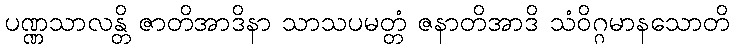
ပဏ္ဏသာလန္တိ ဇာတိအာဒိနာ သာသပမတ္တံ ဇနာတိအာဒိ သံဝိဂ္ဂမာနသောတိ